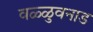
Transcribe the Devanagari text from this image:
वळ्ळुवनाड